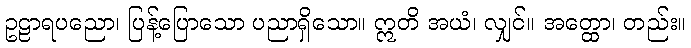
ဥဠာရပညော၊ ပြန့်ပြောသော ပညာရှိသော။ ဣတိ အယံ၊ လျှင်။ အတ္ထော၊ တည်း။